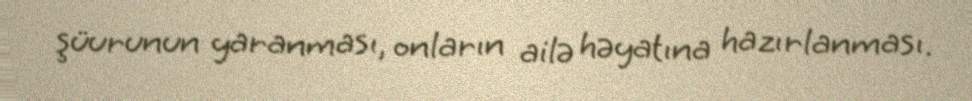
şüurunun yaranması, onların ailə həyatına hazırlanması.